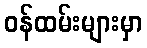
ဝန်ထမ်းများမှာ